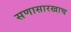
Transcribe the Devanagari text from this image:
सणासारखाच